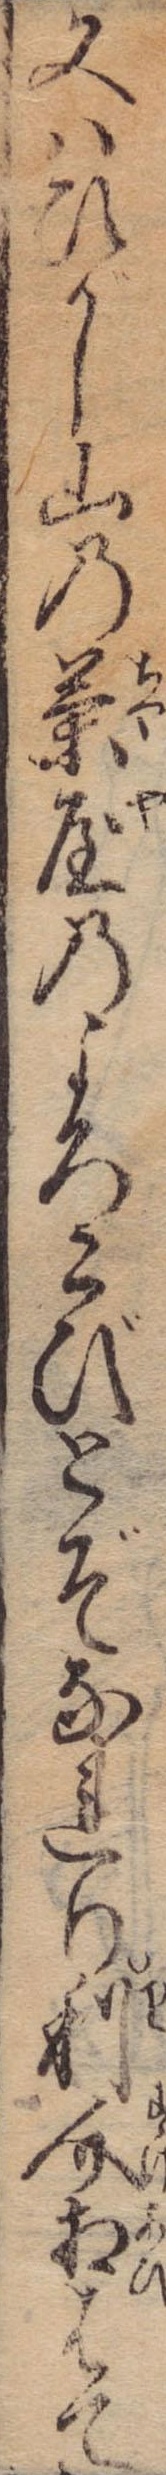
又はひがし山の茶屋のよろこびとぞなれり利介相はて